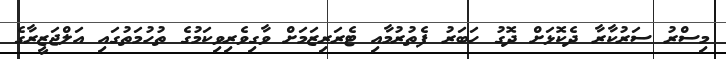
މިސްރު ސަރުކާރާ ދެކޮޅަށް ދޮގު ހަބަރު ފެތުރުމާއި ޓެރަރިޒަމަށް ވާގިވެރިވިކަމުގެ ތުހުމަތުގައި އަލްޖަޒީރާގެ